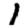
Digit: 1